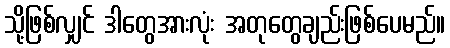
သို့ဖြစ်လျှင် ဒါတွေအားလုံး အတုတွေချည်းဖြစ်ပေမည်။